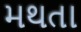
મથતા